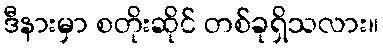
ဒီနားမှာ စတိုးဆိုင် တစ်ခုရှိသလား။